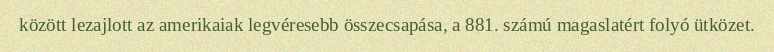
között lezajlott az amerikaiak legvéresebb összecsapása, a 881. számú magaslatért folyó ütközet.